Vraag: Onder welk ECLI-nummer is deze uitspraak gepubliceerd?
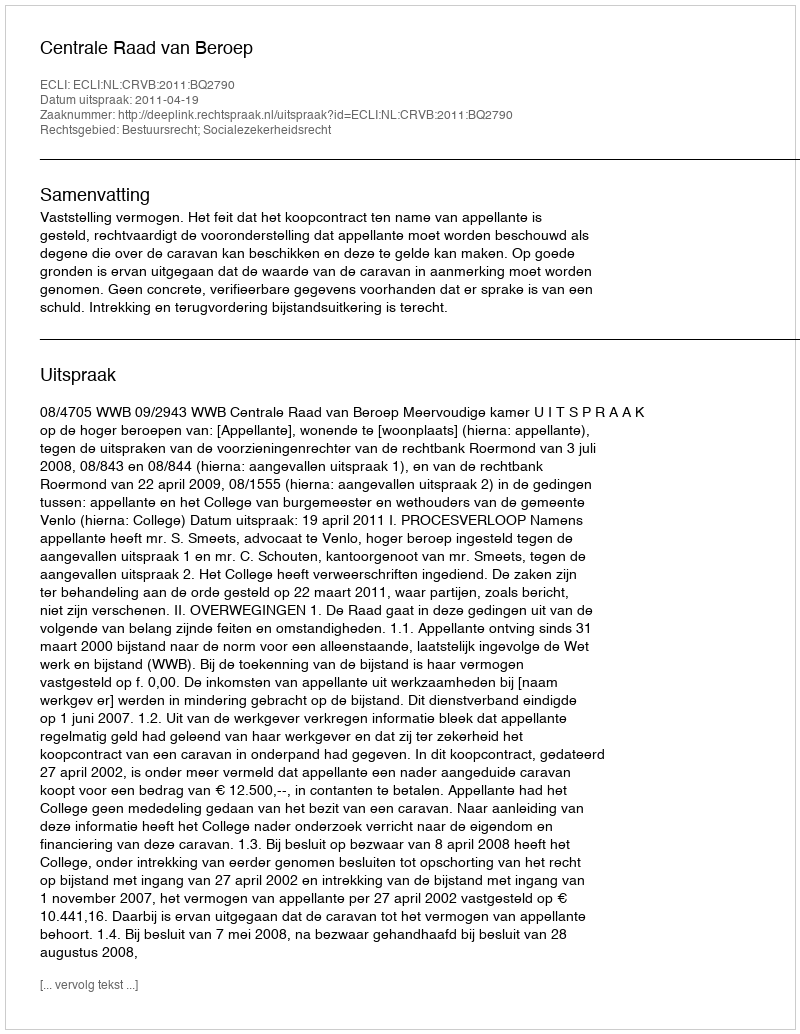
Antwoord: ECLI:NL:CRVB:2011:BQ2790